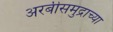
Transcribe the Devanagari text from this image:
अरबीसमुद्राच्या